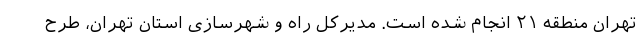
تهران منطقه ۲۱ انجام شده است. مدیرکل راه و شهرسازی استان تهران، طرح